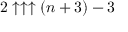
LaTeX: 2 \uparrow \uparrow \uparrow ( n + 3 ) - 3